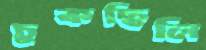
চুকছিলি